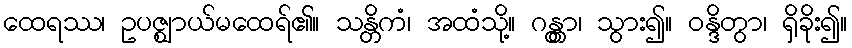
ထေရဿ၊ ဥပဇ္ဈာယ်မထေရ်၏။ သန္တိကံ၊ အထံသို့။ ဂန္တွာ၊ သွား၍။ ဝန္ဒိတွာ၊ ရှိခိုး၍။